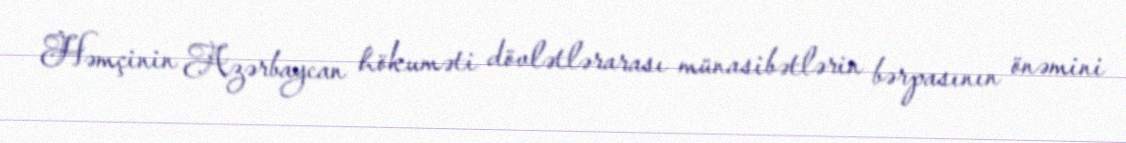
Həmçinin Azərbaycan hökuməti dövlətlərarası münasibətlərin bərpasının önəmini